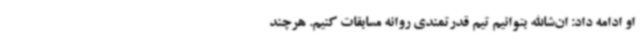
او ادامه داد: ان‌شاالله بتوانیم تیم قدرتمندی روانه مسابقات کنیم. هرچند